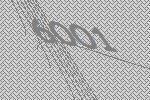
6001